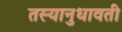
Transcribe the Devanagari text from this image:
तस्यानुधावती